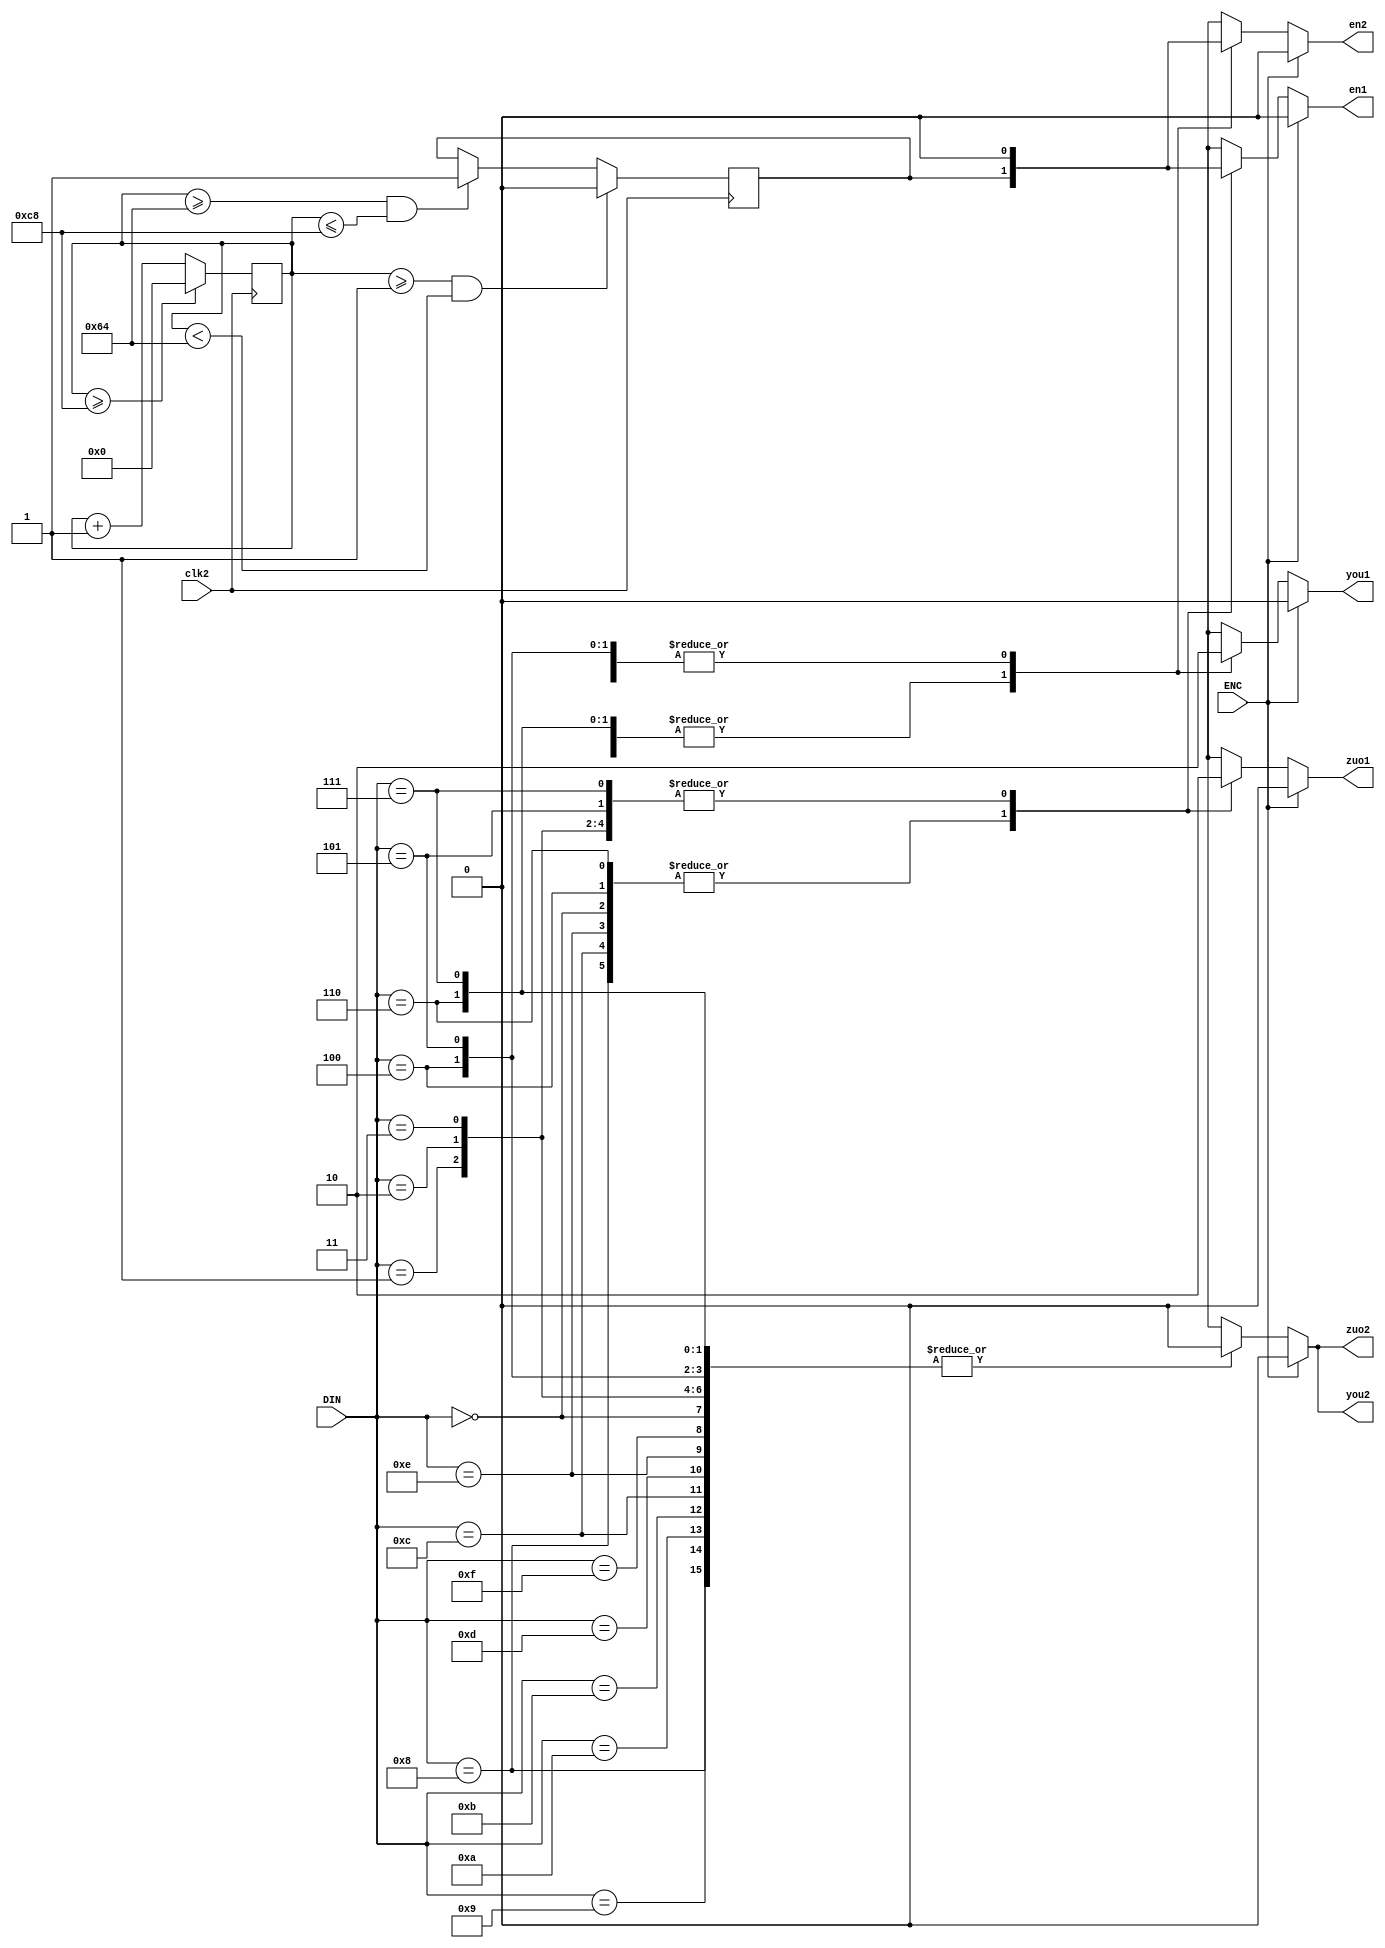
module xunji(clk2,ENC,DIN,zuo1,zuo2,you1,you2,en1,en2);
input ENC,clk2;
input [3:0] DIN;
output zuo1,zuo2,you1,you2,en1,en2;

reg zuo1,zuo2,you1,you2,en1,en2;
reg fout;
reg [29:0]j;

always @(posedge clk2) 
	begin 
		if(j>=200)
			j<=0;
		else 
			j<=j+1;
			if(j>=1&&j<100)
				fout<=0;
			else 
				if(j>=100&&j<=200)
					fout<=1;
	end
always @(DIN)  
   begin 
       if(ENC) 
		     begin 
					en1<=0;en2<=0;zuo2<=0;you2<=0;you1<=0;zuo1<=0; 
			  end
       else
           case(DIN) 
					4'B0000:
						begin 
							en1<=fout;en2<=fout;zuo2<=0;you2<=0;you1<=1;zuo1<=1;
						end  
					4'B0001:
						begin 
							en1<=0;en2<=fout;you2<=0;you1<=1;zuo2<=0;zuo1<=0;
						end
					4'B0010:
						begin 
							en1<=0;en2<=fout;zuo2<=0;you2<=0;you1<=1;zuo1<=0;
						end
					4'B0011:
					   begin 
						   en1<=0;en2<=fout;you2<=0;you1<=1;zuo2<=0;zuo1<=0;
						end
               4'B0100:
					   begin 
						    en1<=fout;en2<=0;zuo2<=0;you2<=0;you1<=0;zuo1<=1;
						end
               4'B0101:
					   begin 
						    en1<=0;en2<=0;zuo2<=0;you2<=0;you1<=0;zuo1<=0;
						end
               4'B0110:
					   begin 
						    en1<=fout;en2<=fout;zuo2<=0;you2<=0;you1<=1;zuo1<=1;
					   end
               4'B0111:
					   begin 
						    en1<=0;en2<=fout;zuo2<=0;you2<=0;you1<=1;zuo1<=0;
					   end
               4'B1000:
					   begin 
						    en1<=fout;en2<=0;zuo2<=0;zuo1<=1;you1<=0;you2<=0;
						end
               4'B1001:
					   begin 
						    en1<=0;en2<=0;zuo2<=0;you2<=0;you1<=0;zuo1<=0;
					   end
               4'B1010:
					   begin 
						    en1<=0;en2<=0;zuo2<=0;you2<=0;you1<=0;zuo1<=0;
						end
               4'B1011:
					   begin 
						    en1<=0;en2<=0;zuo2<=0;you2<=0;you1<=0;zuo1<=0;
						end
               4'B1100:
				      begin 
						    en1<=fout;en2<=0;zuo2<=0;zuo1<=1;you1<=0;you2<=0;
						end
               4'B1101:
						begin 
							 en1<=0;en2<=0;zuo2<=0;you2<=0;you1<=0;zuo1<=0;
						end
					4'B1110:
						begin 
							 en1<=fout;en2<=0;zuo2<=0;you2<=0;you1<=0;zuo1<=1;
						end
					4'B1111:
						begin 
							 en1<=0;en2<=0;zuo2<=0;you2<=0;you1<=0;zuo1<=0;
						end
               default:
						begin 
							 en1<=0;en2<=0;zuo2<=0;you2<=0;you1<=0;zuo1<=0;
						end
       endcase
    end
endmodule